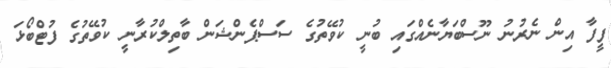
ފީފާ އިން ނެރުނު ނޫސްބަޔާނެއްގައި ބުނީ ކުވޭތުގެ ސަސްޕެންޝަން ބާތިލްކުރާނީ ކުވޭތުގެ ފުޓްބޯޅަ